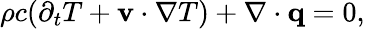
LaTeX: \begin{array}{r}{\rho c(\partial_{t}T+\mathbf v\cdot\nabla T)+\nabla\cdot\mathbf q=0,}\end{array}